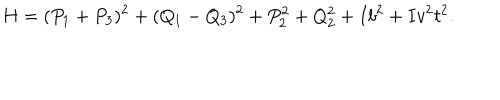
H = ( P _ { 1 } + P _ { 3 } ) ^ { 2 } + ( Q _ { 1 } - Q _ { 3 } ) ^ { 2 } + P _ { 2 } ^ { 2 } + Q _ { 2 } ^ { 2 } + I b ^ { 2 } + I v ^ { 2 } t ^ { 2 } .